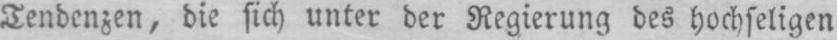
Tendenzen, die sich unter der Regierung des hochseligen